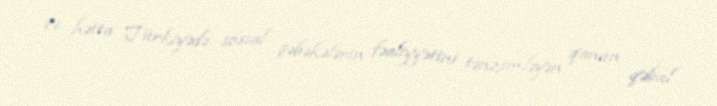
və hətta Türkiyədə sosial şəbəkələrin fəaliyyətini tənzimləyən qanun qəbul